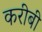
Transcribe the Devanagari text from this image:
करीबी